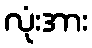
လုံးအား